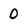
Character: 0